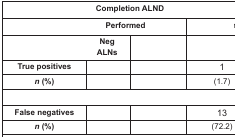
<table><thead><tr><td colspan="4"><b>Completion ALND</b></td></tr></thead><tbody><tr><td colspan="3"><b>Performed</b></td><td>[EMPTY_CELL]</td></tr><tr><td colspan="2"><b>Neg ALNs</b></td><td>[EMPTY_CELL]</td><td>[EMPTY_CELL]</td></tr><tr><td><b>True positives</b></td><td>[EMPTY_CELL]</td><td>[EMPTY_CELL]</td><td>1</td></tr><tr><td><b><i>n</i> (%)</b></td><td>[EMPTY_CELL]</td><td>[EMPTY_CELL]</td><td>(1.7)</td></tr><tr><td><b>False negatives</b></td><td>[EMPTY_CELL]</td><td>[EMPTY_CELL]</td><td>13</td></tr><tr><td><b><i>n</i> (%)</b></td><td>[EMPTY_CELL]</td><td>[EMPTY_CELL]</td><td>(72.2)</td></tr></tbody></table>